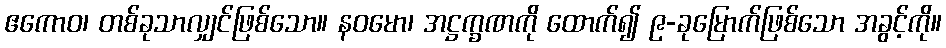
ဧကောဝ၊ တစ်ခုသာလျှင်ဖြစ်သော။ နဝမော၊ အဋ္ဌက္ခဏကို ထောက်၍ ၉-ခုမြောက်ဖြစ်သော အခွင့်ကို။